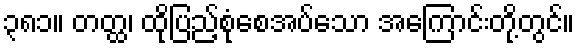
၃၈၁။ တတ္ထ၊ ထိုပြည့်စုံစေအပ်သော အကြောင်းတို့တွင်။